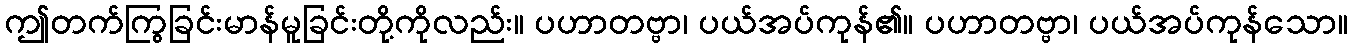
ဤတက်ကြွခြင်းမာန်မူခြင်းတို့ကိုလည်း။ ပဟာတဗ္ဗာ၊ ပယ်အပ်ကုန်၏။ ပဟာတဗ္ဗာ၊ ပယ်အပ်ကုန်သော။